Lunatic asylums in Bengal annual reports 1899-1911 - 1899-1911
Year: 1899
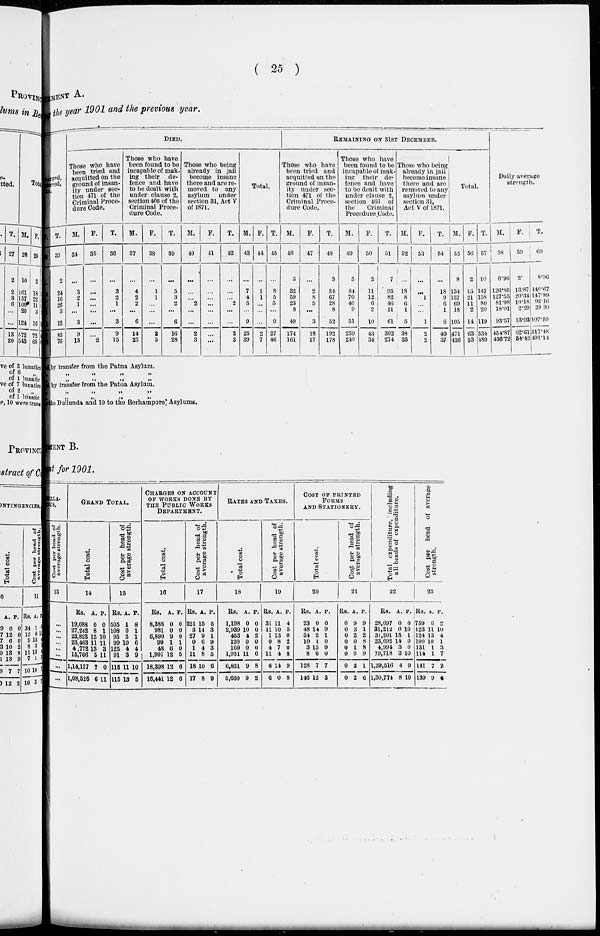
( 25 )
MENT A.
the year 1901 and the previous year.
charged,
transferred,
&c.
T.
33
2
24
16
26
3
12
83
76
DIED.
Those who have
been tried and
acquitted on the
ground of insan-
ity under sec-
tion 471 of the
Criminal Proce-
dure Code.
M.
34
...
3
2
1
...
3
9
13
F.
35
...
...
...
...
...
...
...
2
T.
36
...
3
2
1
...
3
9
15
Those who have
been found to be
incapable of mak-
ing their de-
fence and have
to be dealt with
under clause 2,
section 466 of the
Criminal Proce-
dure Code.
M.
37
...
4
2
2
...
6
14
23
F.
38
...
1
1
...
...
...
2
5
T.
39
...
5
3
2
...
6
16
28
Those who being
already in jail
become insane
there and are re-
moved to any
asylum
under
section 31, Act V
of 1871.
M.
40
...
...
...
2
...
...
2
3
F.
41
...
...
...
...
...
...
...
...
T.
42
...
...
...
2
...
...
2
3
Total.
M.
43
...
7
4
5
...
9
25
39
F.
44
...
1
1
...
...
...
2
7
T.
45
...
8
5
5
...
9
27
46
REMAINING ON 31ST DECEMBER.
Those who have
been tried and
acquitted on the
ground of insan-
ity under sec-
tion 471 of the
Criminal Proce-
dure Code.
M.
46
3
32
59
23
8
49
174
161
F.
47
...
2
8
5
...
3
18
17
T.
48
3
34
67
28
8
52
192
178
Those who have
been found to be
incapable of mak-
ing
their de-
fence and have
to be dealt with
under clause 2,
section 466 of
the
Criminal
Procedure Code.
M.
49
5
84
70
40
9
51
259
240
F.
50
2
11
12
6
2
10
43
34
T.
51
7
95
82
46
11
61
302
274
Those who being
already in jail
become insane
there and are
removed to any
asylum under
section 31,
Act V of 1871.
M.
52
...
18
8
6
1
5
38
35
F.
53
...
...
1
...
...
1
2
2
T.
54
...
18
9
6
1
6
40
37
Total.
M.
55
8
134
137
69
18
105
471
436
F.
56
2
13
21
11
2
14
63
53
T.
57
10
147
158
80
20
119
534
489
Daily average
strength.
M.
58
6.96
126.80
127.55
81.98
18.01
93.57
454.87
436.72
F.
59
2.
13.87
20.34
10.18 2.29
13.93
62.61
54.42
T.
60
8.96
140.67
147.89
92.16
20.30
107.50
517.48
491.14
by transfer from the Patna Asylum.
„
„
„
„
„
„
„
„
by transfer from the Patna Asylum.
„
„
„
„
„
„
„
„
The Dullunda and 10 to the Berhampore Asylums.
MENT B.
t for 1901.
LLA-
US.
Cost per head of
average strength.
13
...
...
...
...
...
...
...
...
GRAND TOTAL.
Total cost.
14
Rs.
19,088
27,242
23,823
23,463
4,772
15,766
1,14,157
1,08,525
A.
0
8
15
11
13
5
7
6
P.
0
1
10
11
3
11
0
11
Cost per head of
average strength.
15
Rs.
505
108
95
99
125
91
115
115
A.
1
0
5
10
4
3
11
13
P.
8
1
1
6
4
9
10
5
CHARGES ON ACCOUNT
OF WORKS DONE BY
THE PUBLIC WORKS
DEPARTMENT.
Total cost.
16
Rs.
8,388
981
6,890
99
48
1,991
18,398
16,441
A.
0
0
9
1
6
12
12
12
P.
0
0
0
1
0
5
6
6
Cost per head of
average strength.
17
Rs.
221
3
27
0
1
11
18
17
A.
15
14
9
6
4
8
10
8
P.
5
3
1
9
3
5
6
9
RATES AND TAXES.
Total cost.
18
Rs.
1,198
2,939
453
120
169
1,951
6,831
5,660
A.
0
10
4
0
0
11
9
9
P.
0
0
2
0
0
6
8
2
Cost per head of
average strength.
19
Rs.
31
11
1
0
4
11
6
6
A.
11
10
13
8
7
4
14
0
P.
4
5
0
2
0
8
9
8
COST OF PRINTED
FORMS
AND STATIONERY.
Total cost.
20
Rs.
23
48
34
10
3
8
128
146
A.
0
14
2
1
15
6
7
12
P.
0
9
1
0
9
0
7
3
Cost per head of
average strength.
21
Rs.
0
0
0
0
0
0
0
0
A.
9
3
2
0
1
0
2
2
P.
9
1
2
8
8
9
1
6
Total expenditure, including
all beads of expenditure.
22
Rs.
28,697
31,212
31,201
23,692
4,994
19,718
1,39,516
1,30,774
A.
0
0
15
14
3
3
4
8
P.
0
10
1
0
0
10
9
10
Cost per head of average
strength.
23
Rs.
759
123
124
100
131
114
141
139
A.
6
11
13
10
1
1
7
9
P.
2
10
4
1
3
7
2
4